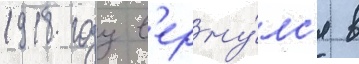
1918 году в'ерну́лс'я в